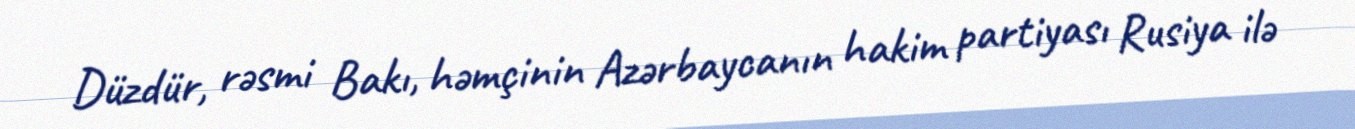
Düzdür, rəsmi Bakı, həmçinin Azərbaycanın hakim partiyası Rusiya ilə